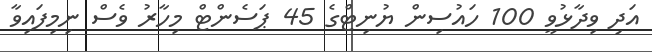
އަދި ވިދާޅުވީ 100 ހައުސިން ޔުނިޓްގެ 45 ޕަސެންޓް މިހާރު ވެސް ނިމިފައިވާ